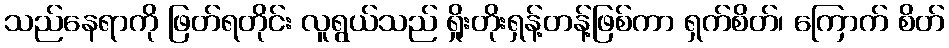
သည်နေရာကို ဖြတ်ရတိုင်း လူရွယ်သည် ရှိုးတိုးရှန့်တန့်ဖြစ်ကာ ရှက်စိတ်၊ ကြောက် စိတ်